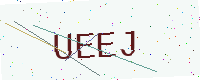
Text: UEEJ